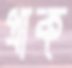
প্রাক্